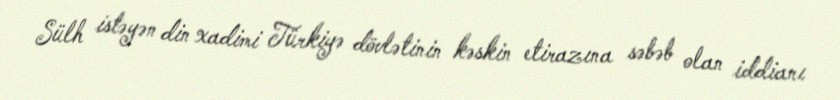
Sülh istəyən din xadimi Türkiyə dövlətinin kəskin etirazına səbəb olan iddianı